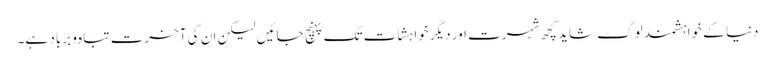
دنیا کے خواہشمند لوگ شاید کچھ شہرت اور دیگر خواہشات تک پہنچ جائیں لیکن ان کی آخرت تباہ و برباد ہے۔